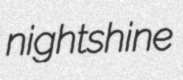
nightshine